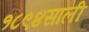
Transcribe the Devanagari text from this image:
१८९४साली